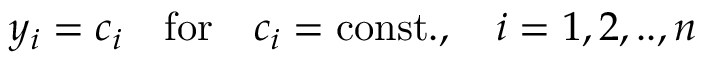
y _ { i } = c _ { i } \ \ \ \mathrm { f o r } \ \ \ c _ { i } = \mathrm { c o n s t . } , \ \ \ i = 1 , 2 , . . , n